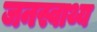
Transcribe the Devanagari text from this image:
जनस्वाथ्य